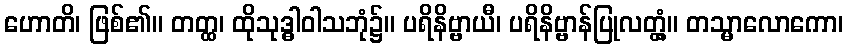
ဟောတိ၊ ဖြစ်၏။ တတ္ထ၊ ထိုသုဒ္ဓါဝါသဘုံ၌။ ပရိနိဗ္ဗာယီ၊ ပရိနိဗ္ဗာန်ပြုလတ္တံ့။ တသ္မာလောကော၊